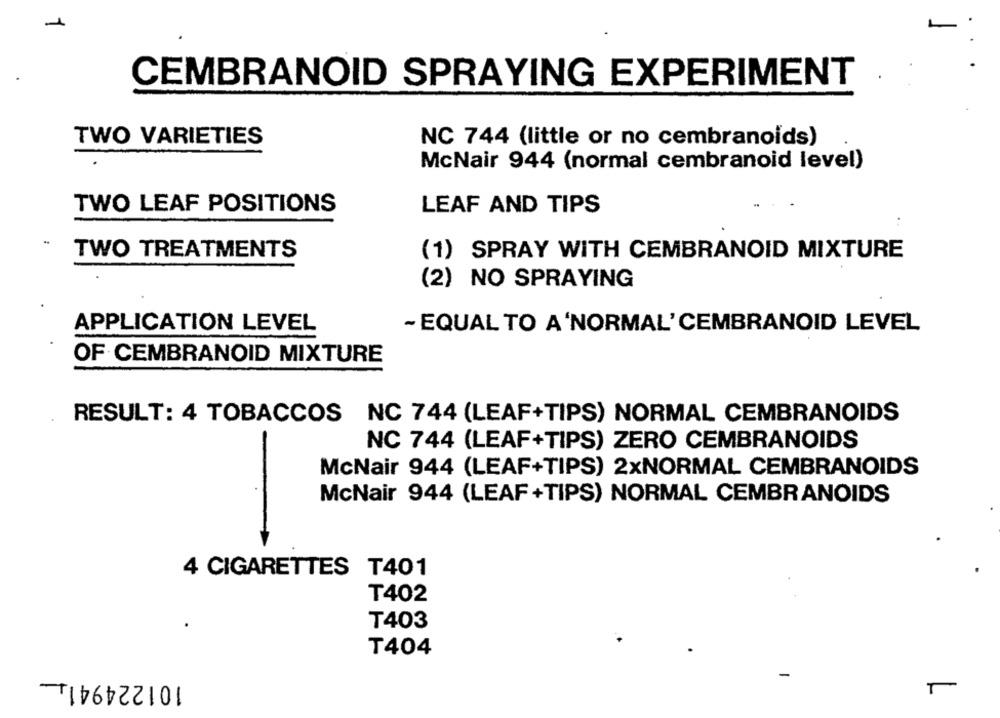
CEMBRANOID SPRAYING EXPERIMENT
TWO VARIETIES
NC 744 (little or no cembranoids)
McNair 944 (normal cembranoid level)
TWO LEAF POSITIONS
LEAF AND TIPS
TWO TREATMENTS
(1) SPRAY WITH CEMBRANOID MIXTURE
(2) NO SPRAYING
APPLICATION LEVEL
- EQUAL TO A 'NORMAL'CEMBRANOID LEVEL
OF CEMBRANOID MIXTURE
RESULT: 4 TOBACCOS NC 744 (LEAF+TIPS) NORMAL CEMBRANOIDS
-
NC 744 (LEAF+TIPS) ZERO CEMBRANOIDS
McNair 944 (LEAF+TIPS) 2xNORMAL CEMBRANOIDS
McNair 944 (LEAF+TIPS) NORMAL CEMBRANOIDS
4 CIGARETTES T401
T402
T403
T404
101224941_